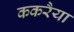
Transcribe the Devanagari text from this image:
ककरैया